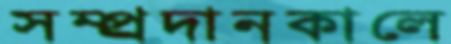
সম্প্র্রদানকালে